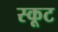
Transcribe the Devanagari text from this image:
स्कूट